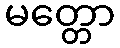
မတ္တော